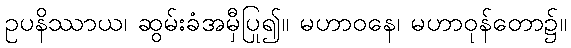
ဥပနိဿာယ၊ ဆွမ်းခံအမှီပြု၍။ မဟာဝနေ၊ မဟာဝုန်တော၌။